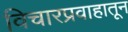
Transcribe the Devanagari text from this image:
विचारप्रवाहातून